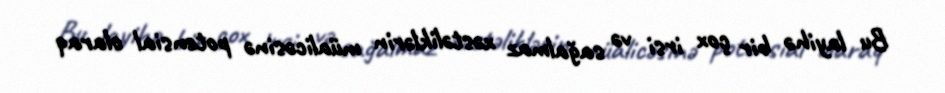
Bu layihə bir çox irsi və sağalmaz xəstəliklərin müalicəsinə potensial olaraq